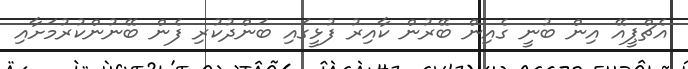
އެޗްޕީއޭ އިން ބުނީ ގެއިން ބޭރުން ކާއިރު ފުޅީގައި ބަންދުކުރި ފެން ބޭނުންކުރުމަށާއި